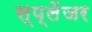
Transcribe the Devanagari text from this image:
स्प्लेंजर